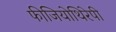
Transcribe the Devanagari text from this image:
फीजियोथिरेपी